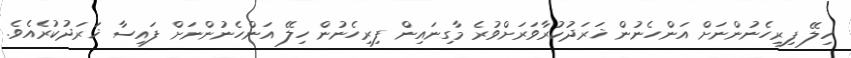
ހިލޭ ފިރިހެނުންނަށް އަންހެނުން ޚަރަދުކުރާވަރަށްވުރެ މާގިނައިން ފިރިހެނުން ހިލޭ އަންހެނުންނަށް ފައިސާ ޚަރަދުކުރެއެވެ.